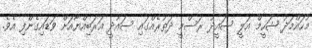
މުހައްމަދު ޝަހީމް އަލީ ސައީދު ރަސްމީ ދަތުރެއްގައި ސައުދީ އަރަބިއްޔާއަށް ވަޑައިގެންފި އެވެ.